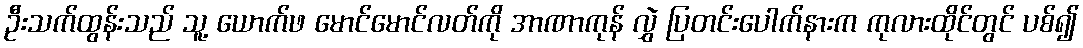
ဦးသက်ထွန်းသည် သူ့ ယောက်ဖ မောင်မောင်လတ်ကို အာဏာကုန် လွှဲ ပြတင်းပေါက်နားက ကုလားထိုင်တွင် ပစ်၍